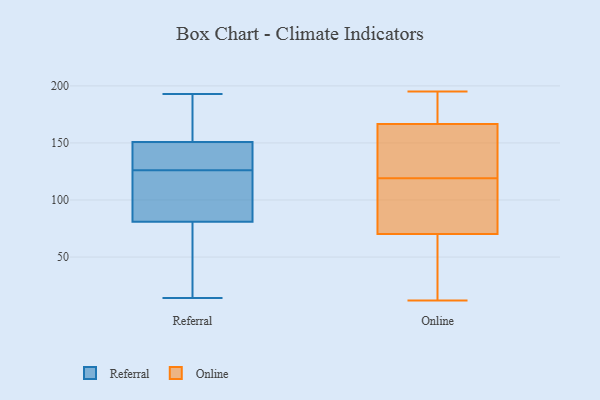
{"axis": {"x": "Revenue (USD Million)", "y": "Value"}, "legend": ["Online", "Referral"], "data": [{"x": "", "y": 151, "type": "Referral"}, {"x": "", "y": 24, "type": "Referral"}, {"x": "", "y": 122, "type": "Referral"}, {"x": "", "y": 150, "type": "Referral"}, {"x": "", "y": 115, "type": "Referral"}, {"x": "", "y": 115, "type": "Referral"}, {"x": "", "y": 105, "type": "Referral"}, {"x": "", "y": 14, "type": "Referral"}, {"x": "", "y": 148, "type": "Referral"}, {"x": "", "y": 133, "type": "Referral"}, {"x": "", "y": 53, "type": "Referral"}, {"x": "", "y": 193, "type": "Referral"}, {"x": "", "y": 73, "type": "Referral"}, {"x": "", "y": 147, "type": "Referral"}, {"x": "", "y": 161, "type": "Referral"}, {"x": "", "y": 126, "type": "Referral"}, {"x": "", "y": 177, "type": "Referral"}, {"x": "", "y": 158, "type": "Referral"}, {"x": "", "y": 63, "type": "Referral"}, {"x": "", "y": 18, "type": "Online"}, {"x": "", "y": 172, "type": "Online"}, {"x": "", "y": 12, "type": "Online"}, {"x": "", "y": 118, "type": "Online"}, {"x": "", "y": 134, "type": "Online"}, {"x": "", "y": 64, "type": "Online"}, {"x": "", "y": 190, "type": "Online"}, {"x": "", "y": 150, "type": "Online"}, {"x": "", "y": 129, "type": "Online"}, {"x": "", "y": 185, "type": "Online"}, {"x": "", "y": 30, "type": "Online"}, {"x": "", "y": 195, "type": "Online"}, {"x": "", "y": 89, "type": "Online"}, {"x": "", "y": 119, "type": "Online"}, {"x": "", "y": 112, "type": "Online"}]}